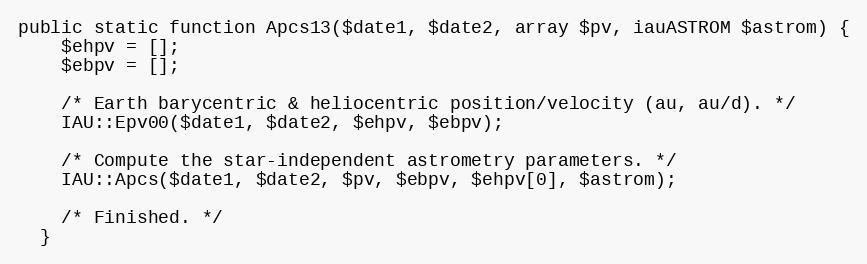
Language: PHP
public static function Apcs13($date1, $date2, array $pv, iauASTROM $astrom) {
    $ehpv = [];
    $ebpv = [];

    /* Earth barycentric & heliocentric position/velocity (au, au/d). */
    IAU::Epv00($date1, $date2, $ehpv, $ebpv);

    /* Compute the star-independent astrometry parameters. */
    IAU::Apcs($date1, $date2, $pv, $ebpv, $ehpv[0], $astrom);

    /* Finished. */
  }